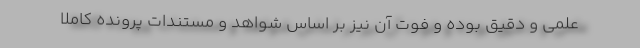
علمی و دقیق بوده و فوت آن نیز بر اساس شواهد و مستندات پرونده کاملاً